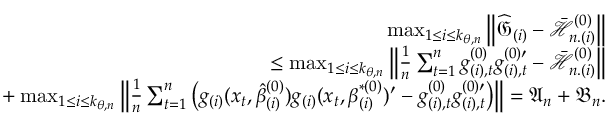
\begin{array} { r l r } & { } & { \operatorname* { m a x } _ { 1 \leq i \leq k _ { \theta , n } } \left\Vert \widehat { \mathfrak { G } } _ { ( i ) } - \mathcal { \bar { H } } _ { n . ( i ) } ^ { ( 0 ) } \right\Vert } \\ & { } & { \mathrm { ~ \ \ \ } \leq \operatorname* { m a x } _ { 1 \leq i \leq k _ { \theta , n } } \left\Vert \frac { 1 } { n } \sum _ { t = 1 } ^ { n } g _ { ( i ) , t } ^ { ( 0 ) } g _ { ( i ) , t } ^ { ( 0 ) \prime } - \mathcal { \bar { H } } _ { n . ( i ) } ^ { ( 0 ) } \right\Vert } \\ & { } & { \mathrm { ~ \ \ \ \ \ \ \ } + \operatorname* { m a x } _ { 1 \leq i \leq k _ { \theta , n } } \left\Vert \frac { 1 } { n } \sum _ { t = 1 } ^ { n } \left( g _ { ( i ) } ( x _ { t } , \hat { \beta } _ { ( i ) } ^ { ( 0 ) } ) g _ { ( i ) } ( x _ { t } , \beta _ { ( i ) } ^ { \ast ( 0 ) } ) ^ { \prime } - g _ { ( i ) , t } ^ { ( 0 ) } g _ { ( i ) , t } ^ { ( 0 ) \prime } \right) \right\Vert = \mathfrak { A } _ { n } + \mathfrak { B } _ { n } . } \end{array}